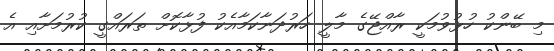
މި ބޭންކު ހުޅުވުމަކީ ރާއްޖޭގެ މާލީ ހަރުދަނާކަމާއެކު ފުޅާކޮށް ތަރައްގީ ކުރުމަށާއި އެ